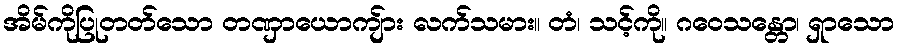
အိမ်ကိုပြုတတ်သော တဏှာယောကျ်ား လက်သမား။ တံ၊ သင့်ကို။ ဂဝေသန္တော၊ ရှာသော